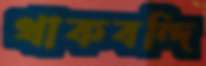
থাকবন্দি